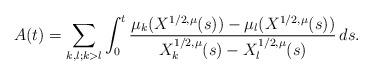
LaTeX: \begin{align*}A(t)=\sum_{k,l;k>l}\int_0^t\frac{\mu_k(X^{1/2,\mu}(s))-\mu_l(X^{1/2,\mu}(s))}{X^{1/2,\mu}_k(s)-X^{1/2,\mu}_l(s)}\,ds.\end{align*}